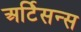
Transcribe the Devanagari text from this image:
अर्टिसन्स